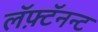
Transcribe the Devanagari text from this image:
लॅफ़्टॅनन्ट